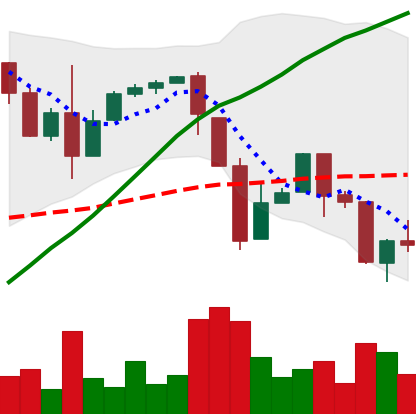
Ticker: BTC-USD
Chart end date: 2017-03-26
Forward return: 10.868%
Label: up_7plus